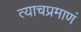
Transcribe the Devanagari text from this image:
त्याचप्रमाणं